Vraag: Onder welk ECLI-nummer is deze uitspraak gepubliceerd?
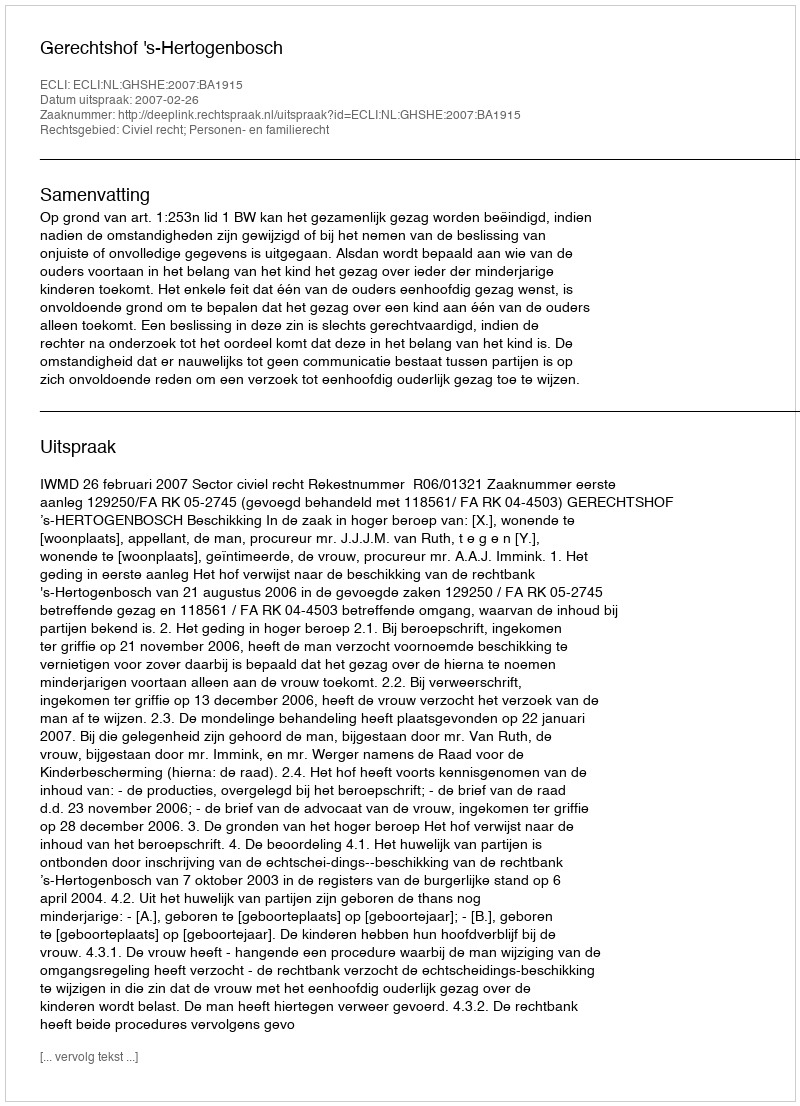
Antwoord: ECLI:NL:GHSHE:2007:BA1915